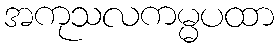
အကုသလကမ္မပထာ